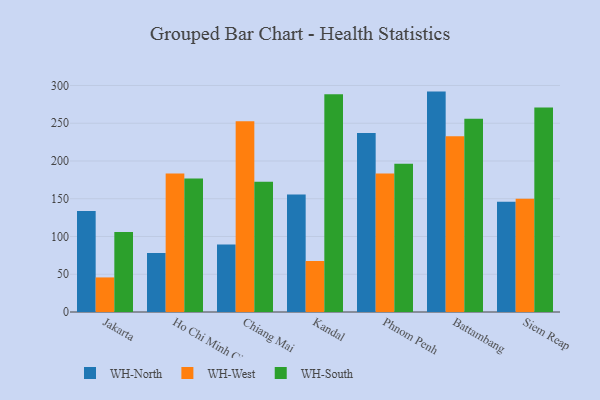
{"axis": {"x": "City", "y": "Demand Index"}, "legend": ["WH-North", "WH-South", "WH-West"], "data": [{"x": "Jakarta", "y": 133.8, "type": "WH-North"}, {"x": "Jakarta", "y": 45.8, "type": "WH-West"}, {"x": "Jakarta", "y": 105.9, "type": "WH-South"}, {"x": "Ho Chi Minh City", "y": 78.0, "type": "WH-North"}, {"x": "Ho Chi Minh City", "y": 183.4, "type": "WH-West"}, {"x": "Ho Chi Minh City", "y": 176.8, "type": "WH-South"}, {"x": "Chiang Mai", "y": 89.3, "type": "WH-North"}, {"x": "Chiang Mai", "y": 252.7, "type": "WH-West"}, {"x": "Chiang Mai", "y": 172.6, "type": "WH-South"}, {"x": "Kandal", "y": 155.7, "type": "WH-North"}, {"x": "Kandal", "y": 67.7, "type": "WH-West"}, {"x": "Kandal", "y": 288.5, "type": "WH-South"}, {"x": "Phnom Penh", "y": 237.1, "type": "WH-North"}, {"x": "Phnom Penh", "y": 183.5, "type": "WH-West"}, {"x": "Phnom Penh", "y": 196.3, "type": "WH-South"}, {"x": "Battambang", "y": 291.9, "type": "WH-North"}, {"x": "Battambang", "y": 232.8, "type": "WH-West"}, {"x": "Battambang", "y": 256.0, "type": "WH-South"}, {"x": "Siem Reap", "y": 146.1, "type": "WH-North"}, {"x": "Siem Reap", "y": 150.0, "type": "WH-West"}, {"x": "Siem Reap", "y": 270.7, "type": "WH-South"}]}